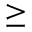
\geq